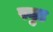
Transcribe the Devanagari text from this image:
स्युड